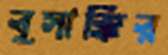
বুসাক্কির